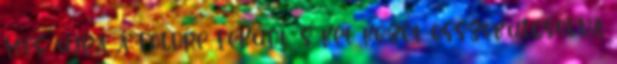
meg újra a földre feküdt, s két kezét összekulcsolva